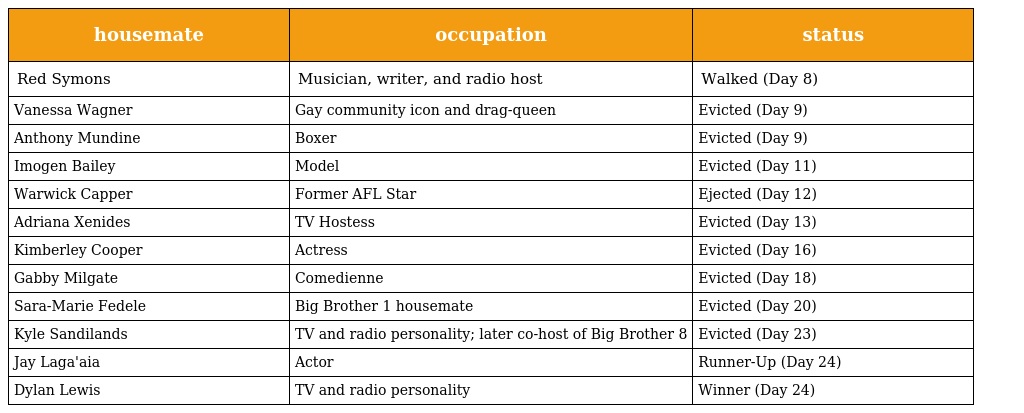
| housemate | occupation | status |
 | --- | --- | --- |
 | Red Symons | Musician, writer, and radio host | Walked (Day 8) |
 | Vanessa Wagner | Gay community icon and drag-queen | Evicted (Day 9) |
 | Anthony Mundine | Boxer | Evicted (Day 9) |
 | Imogen Bailey | Model | Evicted (Day 11) |
 | Warwick Capper | Former AFL Star | Ejected (Day 12) |
 | Adriana Xenides | TV Hostess | Evicted (Day 13) |
 | Kimberley Cooper | Actress | Evicted (Day 16) |
 | Gabby Milgate | Comedienne | Evicted (Day 18) |
 | Sara-Marie Fedele | Big Brother 1 housemate | Evicted (Day 20) |
 | Kyle Sandilands | TV and radio personality; later co-host of Big Brother 8 | Evicted (Day 23) |
 | Jay Laga'aia | Actor | Runner-Up (Day 24) |
 | Dylan Lewis | TV and radio personality | Winner (Day 24) |